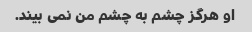
او هرگز چشم به چشم من نمی بیند.